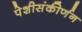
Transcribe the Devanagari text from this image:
पेशीसंकीर्णन